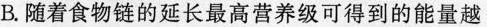
B.随着食物链的延长最高营养级可得到的能量越